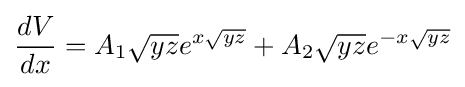
{\frac {dV}{dx}}={A_{1}{\sqrt {yz}}e^{x{\sqrt {yz}}}}+{A_{2}{\sqrt {yz}}e^{-x{\sqrt {yz}}}}